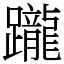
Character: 躘